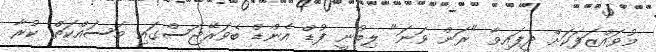
މުވައްޒަފަކަށް ދީފައިވާ "ރަން ވަނަ" ލިބުނީ ފުޑް އެންޑް ބެވަރޭޖަސްގައި މަސައްކަތް ކުރާ